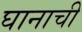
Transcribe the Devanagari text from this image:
घानाची